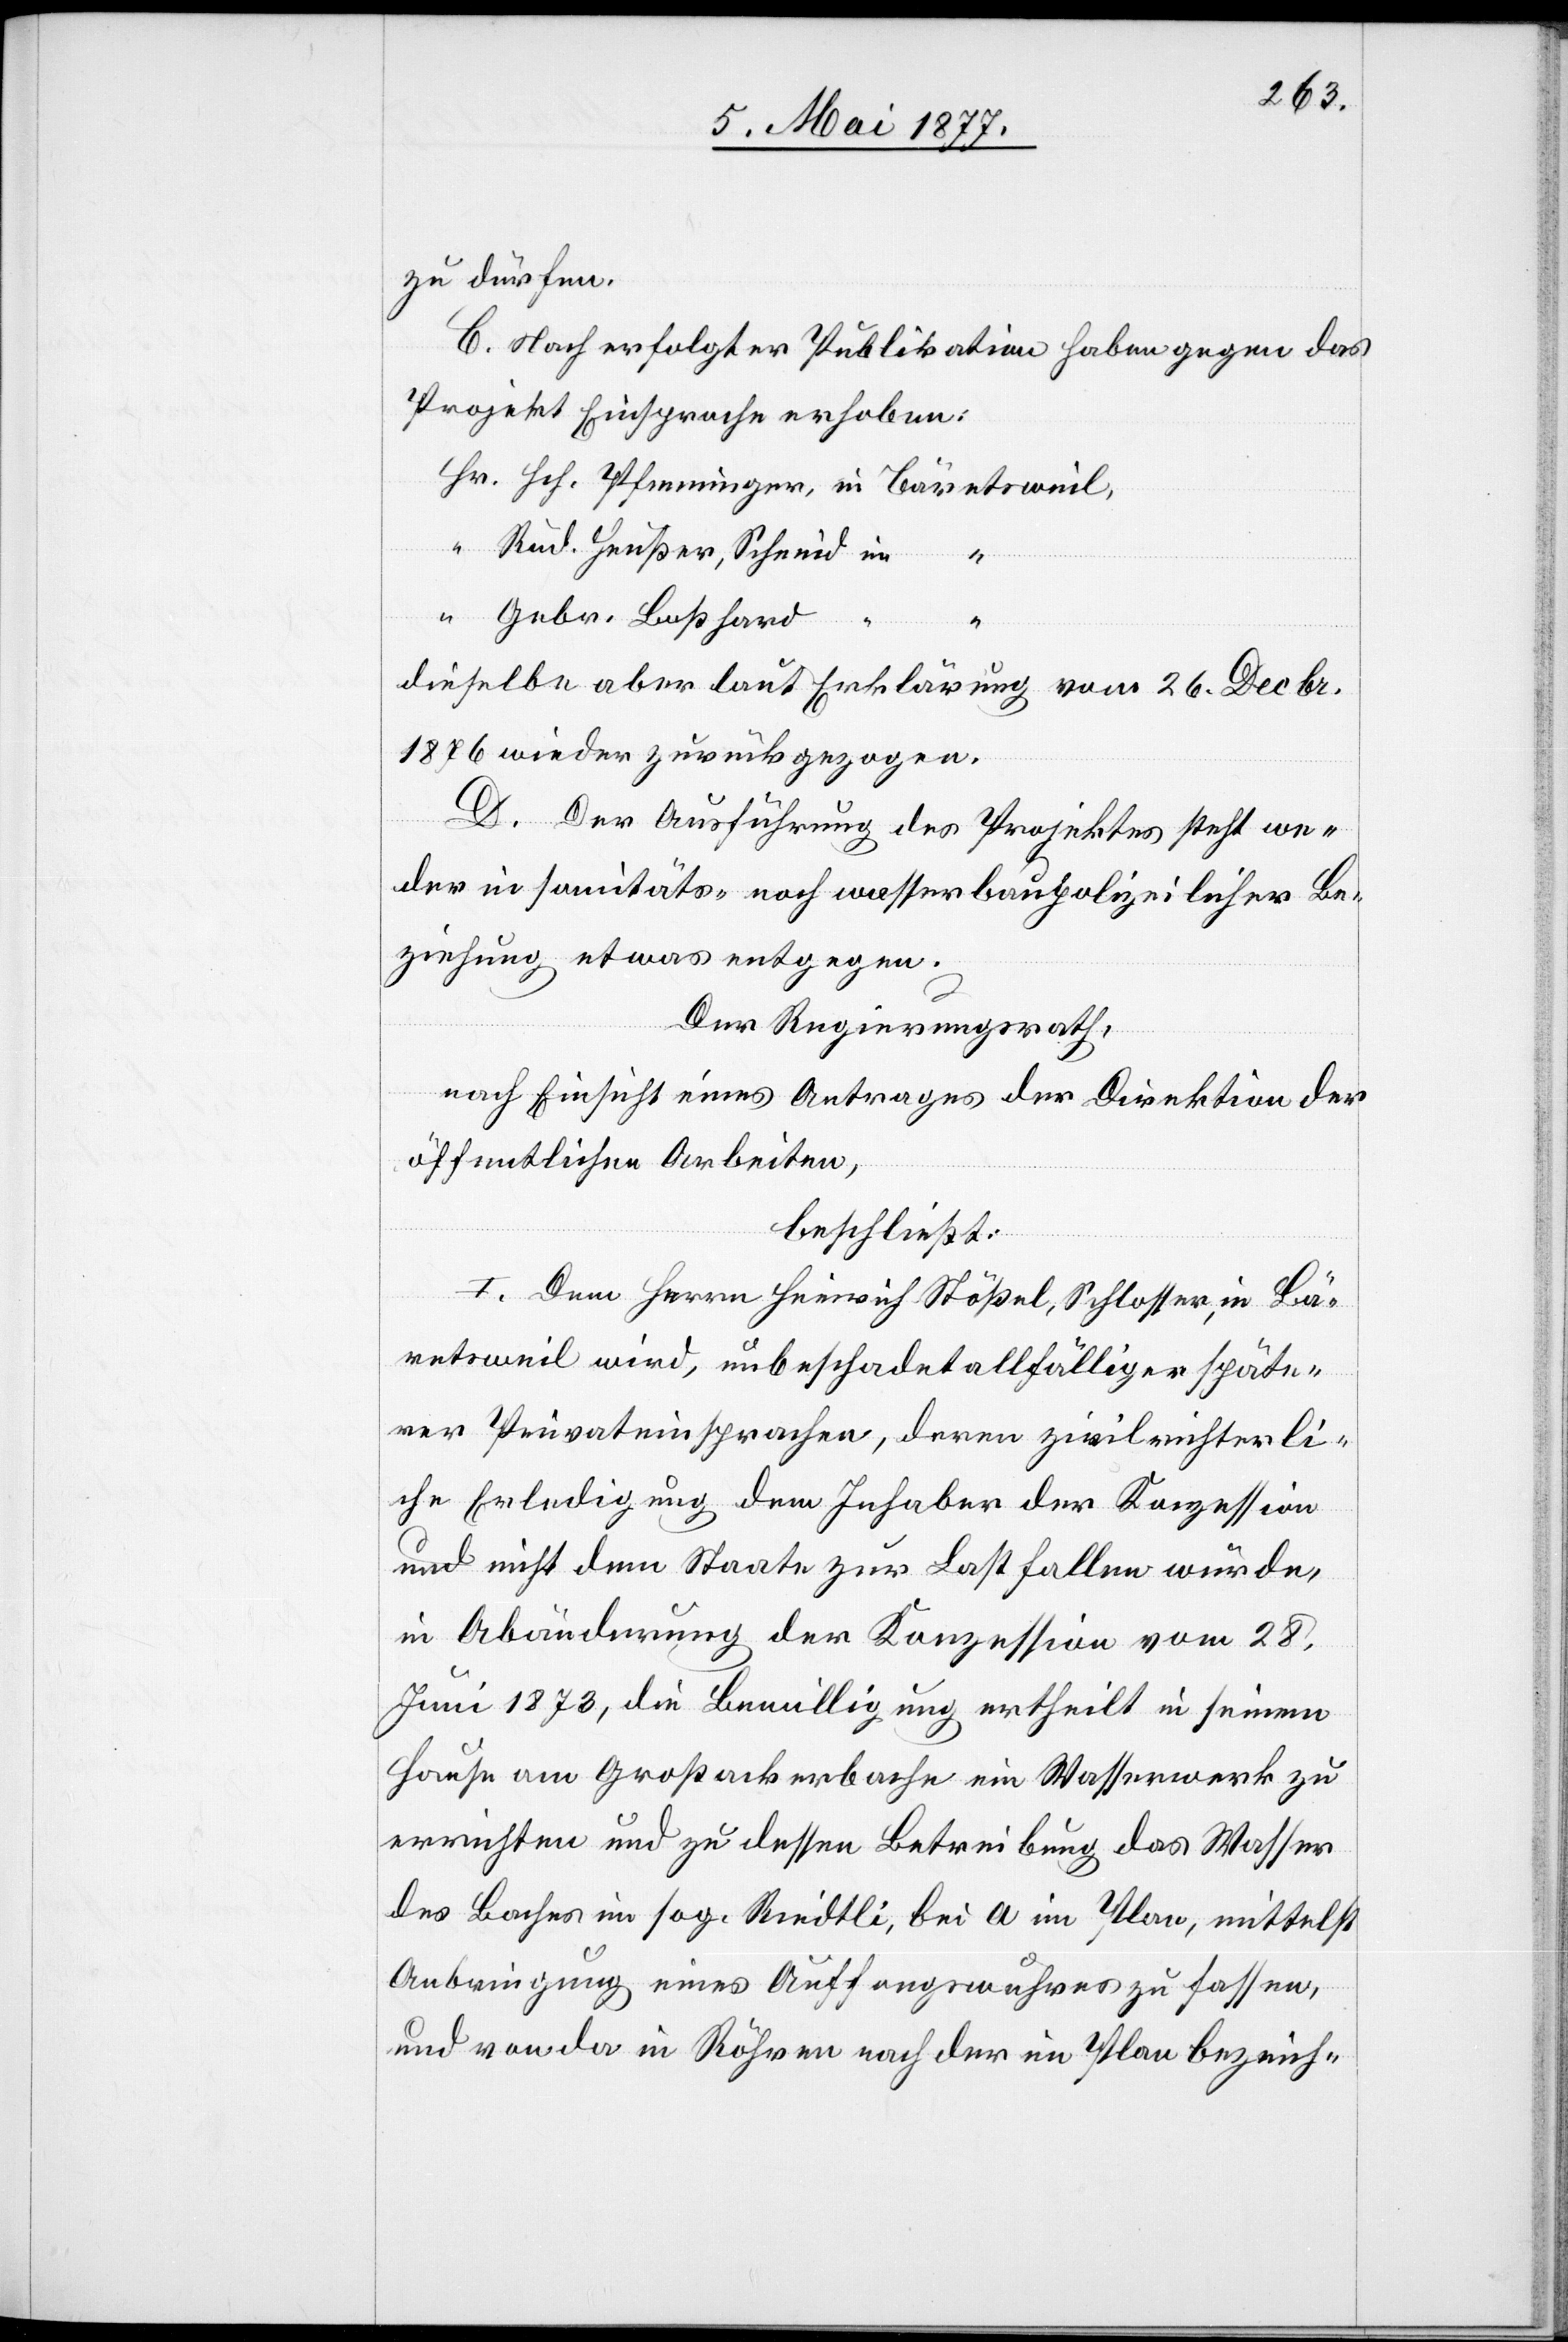
zu dürfen.
C. Nach erfolgter Publikation haben gegen das
Projekt Einsprache erhoben:
Rud. Heußer, Schmid
Gebr. Boßhard
“
dieselben aber laut Erklärung vom 26. Decbr.
1876 wieder zurückgezogen.
D. Der Ausführung des Projektes steht we¬
der in sanitäts- noch wasserbaupolizeilicher Be¬
ziehung etwas entgegen.
Der Regierungsrath,
“
nach Einsicht eines Antrages der Direktion der
öffentlichen Arbeiten,
beschließt:
I. Dem Herrn Heinrich Stößel, Schlosser, in Bä¬
retsweil wird, unbeschadet allfälliger späte¬
rer Privateinsprachen, deren zivilrichterli¬
che Erledigung dem Inhaber der Konzession
und nicht dem Staate zur Last fallen würde,
in Abänderung der Konzession vom 28.
Juni 1873 [sic!], die Bewilligung ertheilt in seinem
Hause am Großackerbache ein Wasserwerk zu
errichten und zu dessen Betreibung das Wasser
des Baches im sog. Riedtli [sic!], bei a im Plan, mittelst
Anbringung eines Auffangswuhres zu fassen,
und von da in Röhren nach der im Plan bezeich-